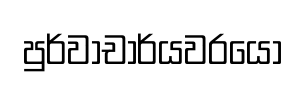
පුර්වාචාර්යවරයෝ